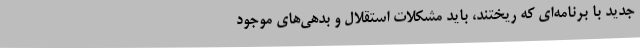
جدید با برنامه‌ای که ریختند، باید مشکلات استقلال و بدهی‌های موجود